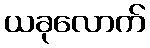
ယခုလောက်